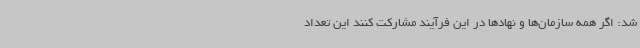
شد: اگر همه سازمان‌ها و نهادها در این فرآیند مشارکت کنند این تعداد